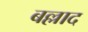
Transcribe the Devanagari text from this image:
बल्लाद